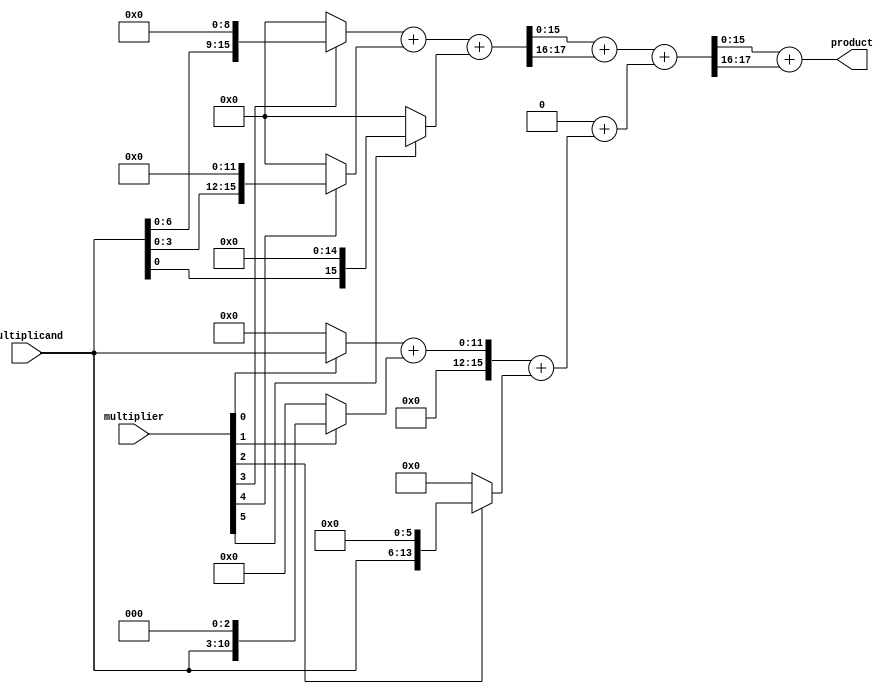
module radix8_wallace_multiplier (
    input [7:0] multiplicand,
    input [7:0] multiplier,
    output reg [15:0] product
);

    wire [15:0] pp [0:7];  // partial products
    // generate partial products for radix-8
    generate
        genvar i;
        for (i = 0; i < 8; i = i + 1) begin : pp_gen
            assign pp[i] = (multiplier[i]) ? (multiplicand << i*3) : 16'b0; // shift multiplicand by 0 to 24 bits
        end
    endgenerate

    // Wallace tree reduction
    wire [15:0] sum1, sum2, sum3;
    wire [15:0] carry1, carry2, carry3;

    // First reduction level using carry-save adders
    assign {carry1, sum1} = pp[0] + pp[1] + pp[2]; // 0,1,2
    assign {carry2, sum2} = pp[3] + pp[4] + pp[5]; // 3,4,5
    assign {carry3, sum3} = pp[6] + pp[7] + {carry1, sum1[15:0]}; // 6,7+p1

    // Second reduction level
    wire [15:0] final_sum, final_carry;
    assign {final_carry, final_sum} = sum2 + carry2 + sum3; // Final addition

    // Assign final product
    always @* begin
        product = final_sum + final_carry; // final result
    end

endmodule